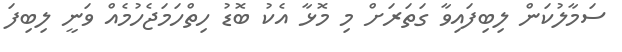
ސަމާލުކަން ލިބިފައިވާ ގަތަރަށް މި މޮޅާ އެކު ބޮޑު ހިތްހަމަޖެހުމެއް ވަނީ ލިބިފަ